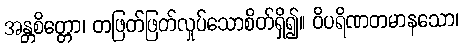
အန္တစိတ္တော၊ တဖြတ်ဖြတ်လှုပ်သောစိတ်ရှိ၍။ ဝိပရိဏတမာနသော၊